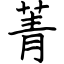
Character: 菁